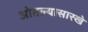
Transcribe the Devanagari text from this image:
ओतल्यासारखे